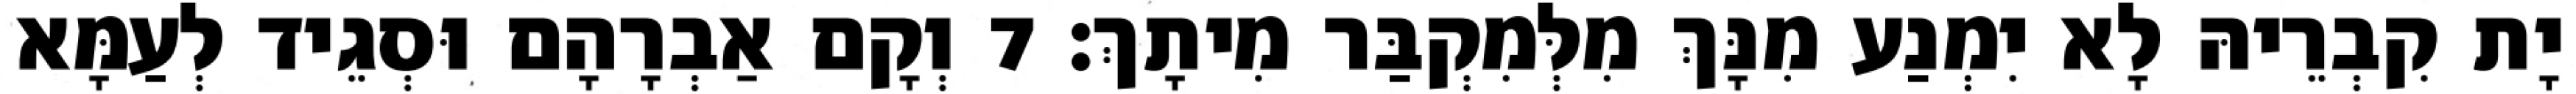
יָת קִבְרֵיהּ לָא יִמְנַע מִנָּךְ מִלְּמִקְבַּר מִיתָךְ׃ 7 וְקָם אַבְרָהָם וּסְגֵיד לְעַמָּא